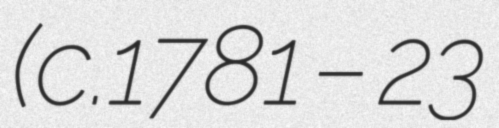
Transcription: (c.1781 – 23